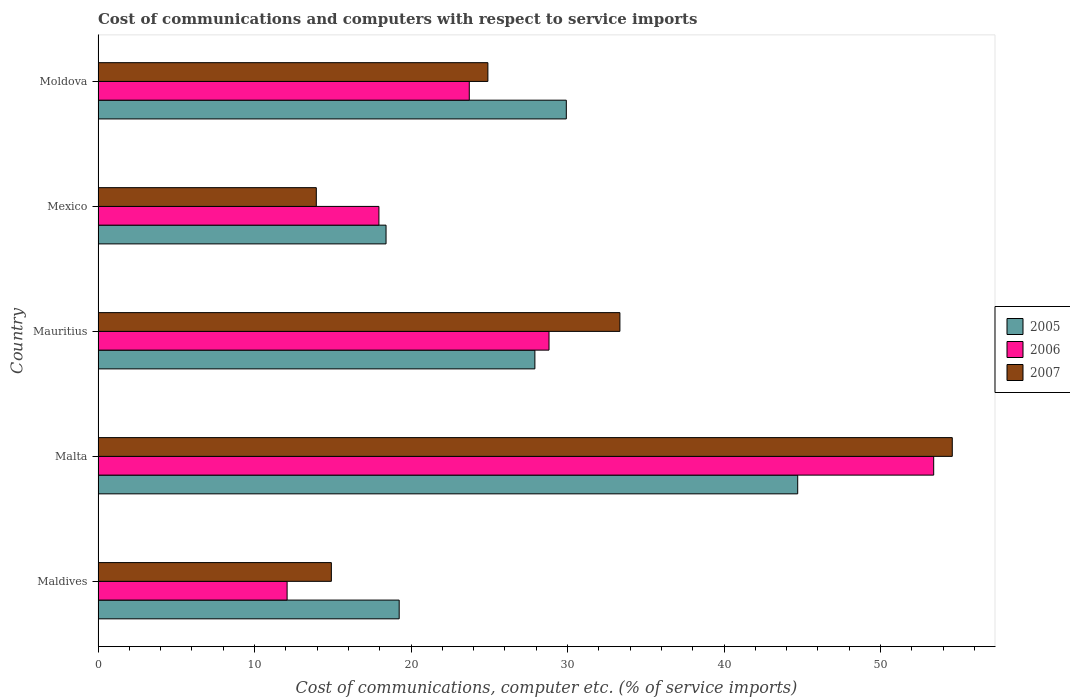
| Country | 2005 | 2006 | 2007 |
 | --- | --- | --- | --- |
 | Maldives | 19.2 | 12.1 | 14.9 |
 | Malta | 44.7 | 53.4 | 54.6 |
 | Mauritius | 27.9 | 28.8 | 33.3 |
 | Mexico | 18.4 | 17.9 | 13.9 |
 | Moldova | 29.9 | 23.7 | 24.9 |